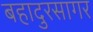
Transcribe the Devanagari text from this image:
बहादुरसागर